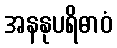
အနနုပရိဓာဝံ